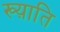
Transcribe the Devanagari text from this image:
ख्य़ाति